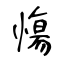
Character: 慯